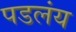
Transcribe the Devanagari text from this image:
पडलंय